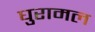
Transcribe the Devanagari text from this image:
घुरामल